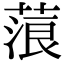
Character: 蒗